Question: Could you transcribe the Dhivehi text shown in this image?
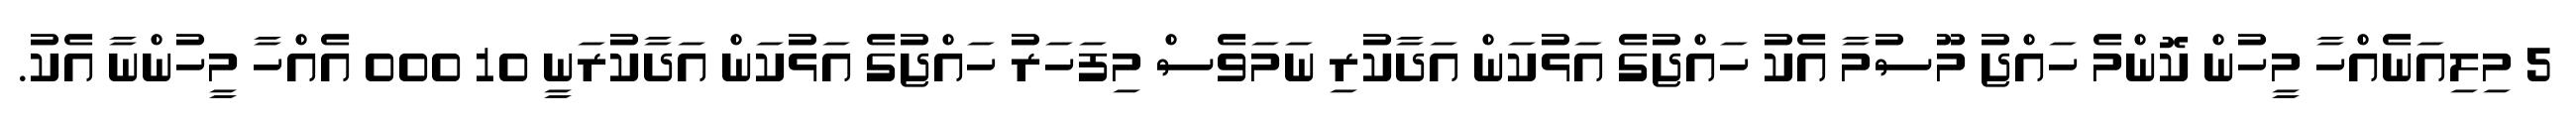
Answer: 5 މިލިއަނެއްހާ މީހުން ކޮންމެ ހައްޖު މޫސުމާ އެކު ހައްޖުގެ އަޅުކަން އަދާކުރި ނަމަވެސް މިފަހަރު ހައްޖުގެ އަޅުކަން އަދާކުރަނީ 10 000 އެއްހާ މީހުންނާ އެކު.